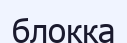
блокка